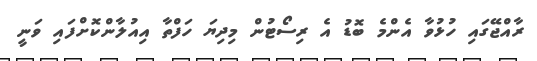
ރާއްޖޭގައި ހުޅުވާ އެންމެ ބޮޑު އެ ރިސޯޓުން މިދިޔަ ހަފްތާ އިއުލާންކޮށްފައި ވަނީ